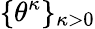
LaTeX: \{ \theta^{\kappa}\} _{\kappa>0}